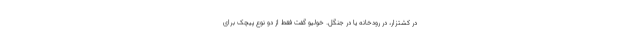
در کشتزار، در رودخانه یا در جنگل. خولیو گفت فقط از دو نوع پیچک برای